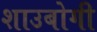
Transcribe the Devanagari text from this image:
शाउबोगी